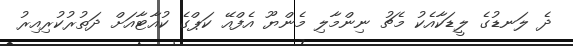
ދެ ލަނޑުގެ ލީޑަކާއެކު މެޗު ނިންމާލި މެންޔޫ އެފްއޭ ކަޕްގެ ކުއާޓާއަށް ދަތުރުކުރިއިރު